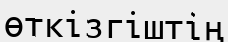
өткізгіштің